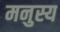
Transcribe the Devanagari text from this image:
मनुस्य